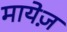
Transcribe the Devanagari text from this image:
मायेज़